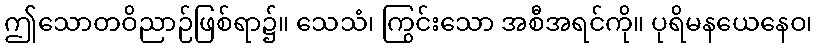
ဤသောတဝိညာဉ်ဖြစ်ရာ၌။ သေသံ၊ ကြွင်းသော အစီအရင်ကို။ ပုရိမနယေနေဝ၊